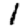
Digit: 1